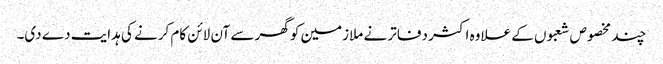
چند مخصوص شعبوں کے علاوہ اکثر دفاتر نے ملازمین کو گھر سے آن لائن کام کرنے کی ہدایت دے دی۔